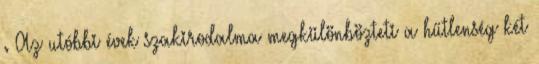
. Az utóbbi évek szakirodalma megkülönbözteti a hűtlenség két